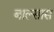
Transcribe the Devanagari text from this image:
बाल्सास